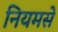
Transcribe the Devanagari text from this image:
नियमसे